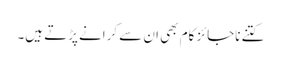
کتنے ناجائز کام بھی ان سے کرانے پڑتے ہیں۔